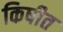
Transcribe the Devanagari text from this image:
किषीत